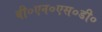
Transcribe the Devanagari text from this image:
बी०एन०एस०डी०